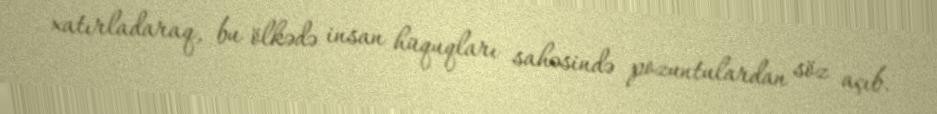
xatırladaraq, bu ölkədə insan hüquqları sahəsində pozuntulardan söz açıb.